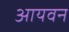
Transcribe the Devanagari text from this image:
आयवन